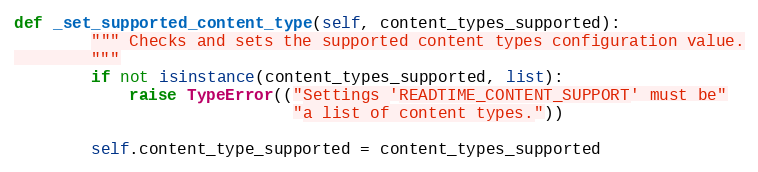
Language: Python
def _set_supported_content_type(self, content_types_supported):
        """ Checks and sets the supported content types configuration value.
        """
        if not isinstance(content_types_supported, list):
            raise TypeError(("Settings 'READTIME_CONTENT_SUPPORT' must be"
                             "a list of content types."))

        self.content_type_supported = content_types_supported